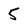
Character: 5